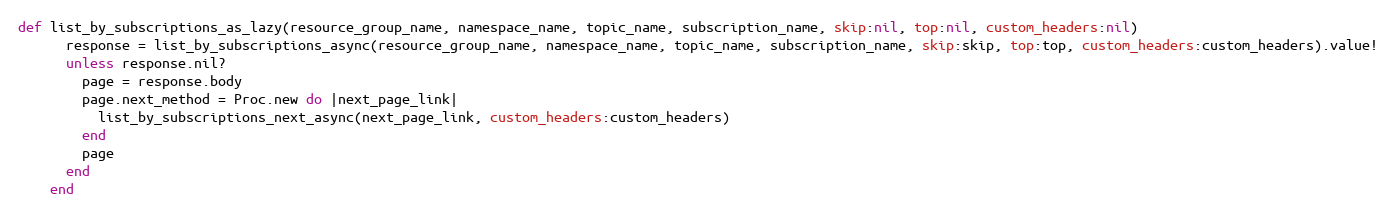
Language: Ruby
def list_by_subscriptions_as_lazy(resource_group_name, namespace_name, topic_name, subscription_name, skip:nil, top:nil, custom_headers:nil)
      response = list_by_subscriptions_async(resource_group_name, namespace_name, topic_name, subscription_name, skip:skip, top:top, custom_headers:custom_headers).value!
      unless response.nil?
        page = response.body
        page.next_method = Proc.new do |next_page_link|
          list_by_subscriptions_next_async(next_page_link, custom_headers:custom_headers)
        end
        page
      end
    end